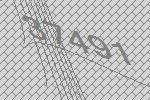
37491